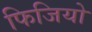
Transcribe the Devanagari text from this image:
फिजियो